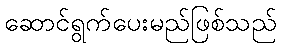
ဆောင်ရွက်ပေးမည်ဖြစ်သည်